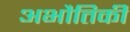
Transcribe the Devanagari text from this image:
अभौतिकी